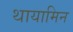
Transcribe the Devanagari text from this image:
थायामिन